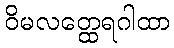
ဝိမလတ္ထေရဂါထာ